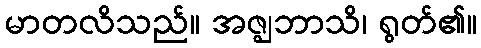
မာတလိသည်။ အဇ္ဈဘာသိ၊ ရွတ်၏။